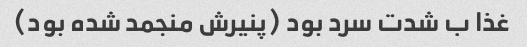
غذا ب شدت سرد بود (پنیرش منجمد شده بود)